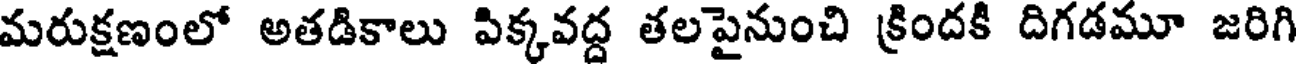
మరుక్షణంలో అతడికాలు పిక్కవద్ద తలపైనుంచి క్రిందకి దిగడమూ జరిగి